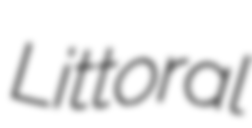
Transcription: Littoral